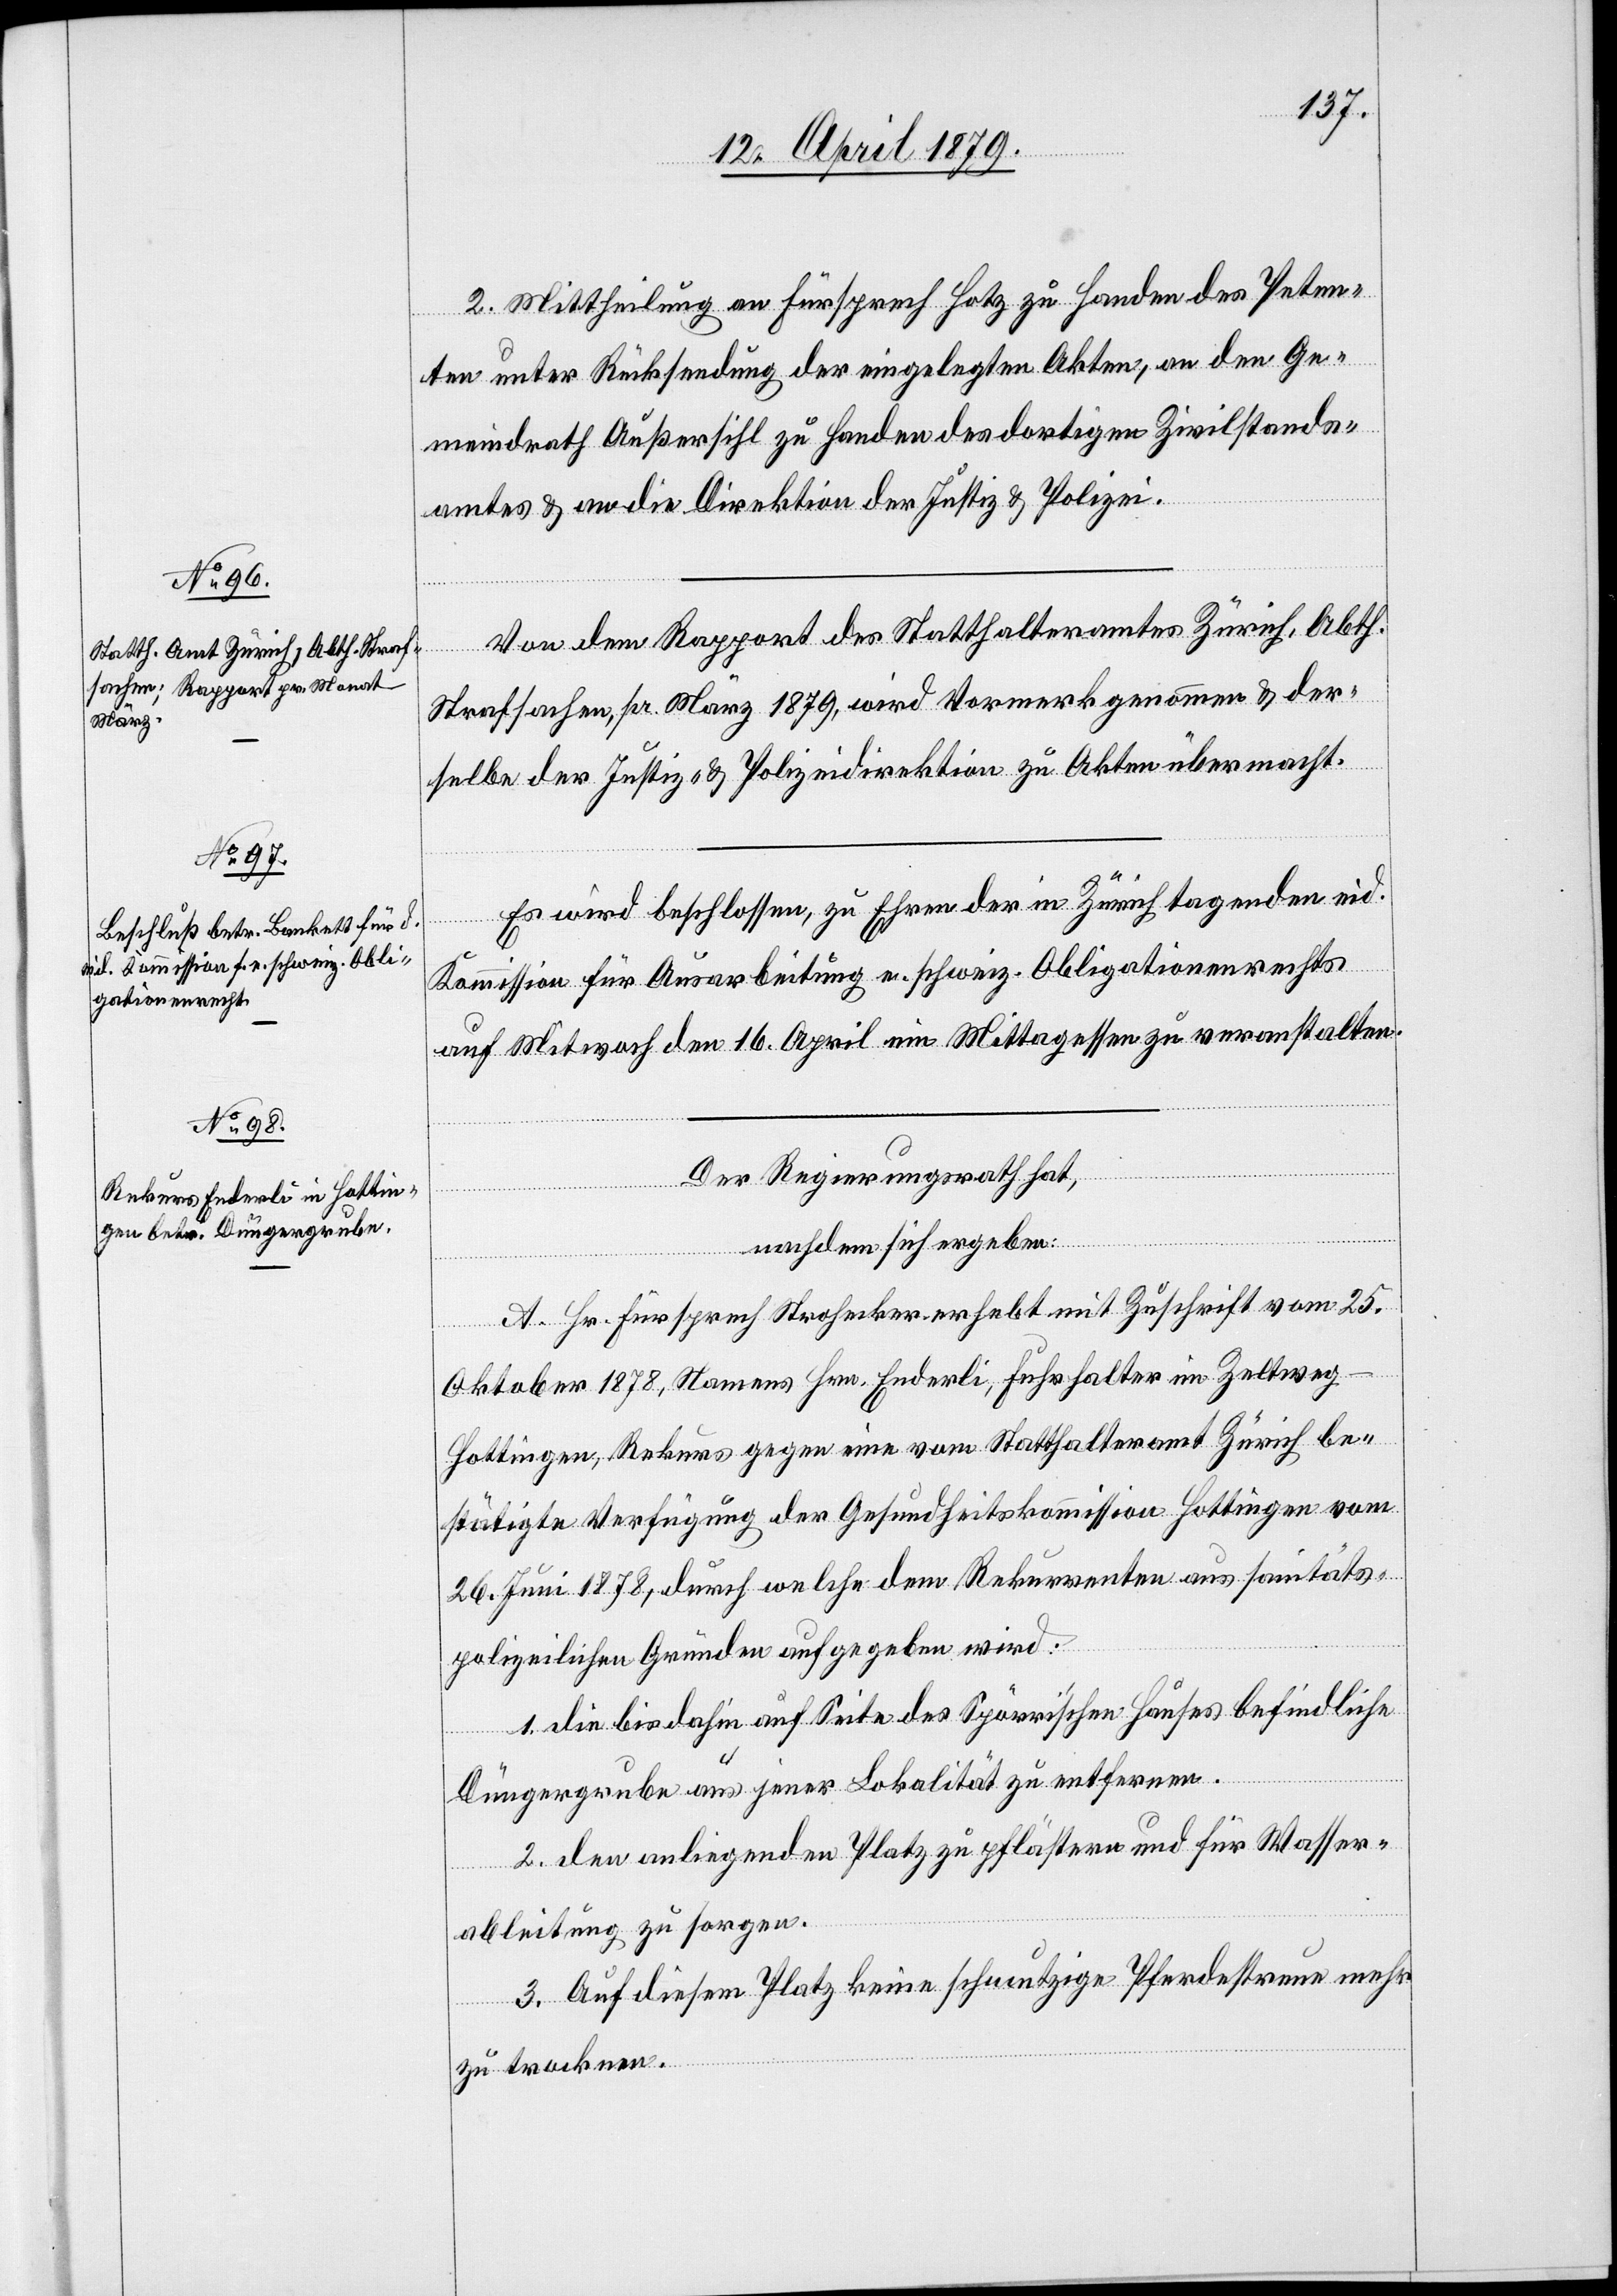
2. Mittheilung an Fürsprech Hotz zu Handen des Peten¬
ten unter Rücksendung der eingelegten Akten, an den Ge¬
meindrath Außersihl zu Handen des dortigen Zivilstands¬
amtes & an die Direktion der Justiz & Polizei.
Von dem Rapport des Statthalteramtes Zürich, Abth.
Strafsachen, pr. März 1879, wird Vormerk genommen & der¬
selbe der Justiz- & Polizeidirektion zu Akten übermacht.
Es wird beschlossen, zu Ehren der in Zürich tagenden eid.
Kommission für Ausarbeitung e. schweiz. Obligationenrechts
auf Mitwoch den 16. April ein Mittagessen zu veranstalten.
Der Regierungsrath hat,
nachdem sich ergeben:
A. Hr. Fürsprech Strohecker erhebt mit Zuschrift vom 25.
Oktober 1878, Namens Hrn. Enderli, Fuhrhalter im Zeltweg
Hottingen, Rekurs gegen eine vom Statthalteramt Zürich be¬
stätigte Verfügung der Gesundheitskommission Hottingen vom
26. Juni 1878, durch welche dem Rekurrenten aus sanitäts¬
polizeilichen Gründen aufgegeben wird:
1. Die bis dahin auf Seite des Spörri’schen Hauses befindliche
Düngergrube aus jener Lokalität zu entfernen.
2. Den anliegenden Platz zu pflästern und für Wasser¬
ableitung zu sorgen.
3. Auf diesem Platz keine schmutzige Pferdestreue mehr
zu trocknen.